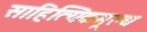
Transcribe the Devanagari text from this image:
साहित्यिकमूल्य